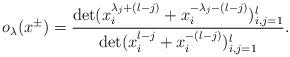
LaTeX: \begin{align*}o_\lambda(x^{\pm})=\frac{\det(x^{\lambda_j+(l-j)}_i+x^{-\lambda_j-(l-j)}_i)^l_{i,j=1}}{\det(x^{l-j}_i+x^{-(l-j)}_i)^l_{i,j=1}}.\end{align*}